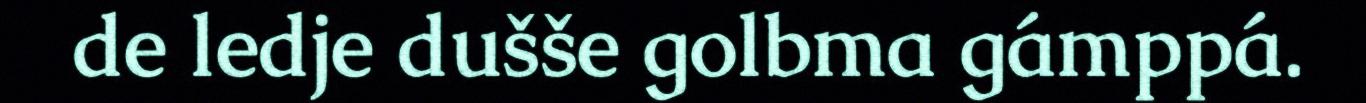
de ledje dušše golbma gámppá.